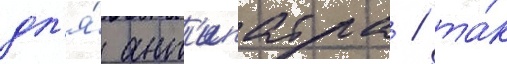
дл'я́ ант'ипатра / та́к